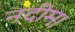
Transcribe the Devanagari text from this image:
नदीम।